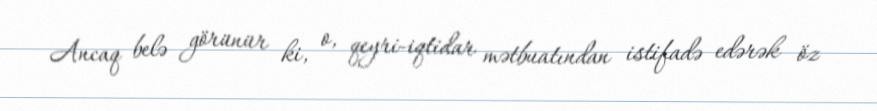
Ancaq belə görünür ki, o, qeyri-iqtidar mətbuatından istifadə edərək öz